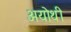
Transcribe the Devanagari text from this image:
अयोथी